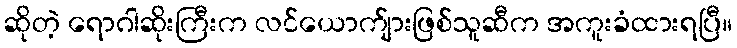
ဆိုတဲ့ ရောဂါဆိုးကြီးက လင်ယောက်ျားဖြစ်သူဆီက အကူးခံထားရပြီ။